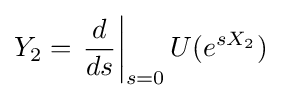
Y_{2}=\left.{\frac {d}{ds}}\right|_{s=0}U(e^{sX_{2}})